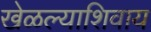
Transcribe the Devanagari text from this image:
खेळल्याशिवाय